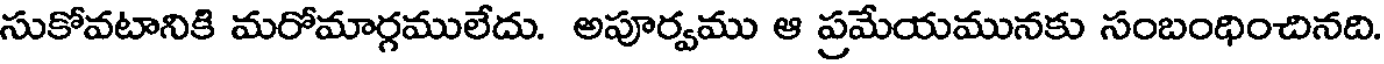
సుకోవటానికి మరోమార్గములేదు. అపూర్వము ఆ ప్రమేయమునకు సంబంధించినది